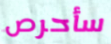
سأحرص